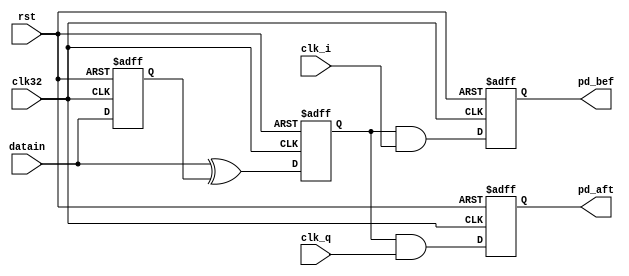
//differpd.v
module differpd (
	rst,clk32,datain,clk_i,clk_q,
	pd_bef,pd_aft);
	
	input		rst;    //
	input		clk32;  //FPGA:32MHz
	input    datain; //
	input    clk_i;  //1:1
	input    clk_q;  //1:1
	output pd_bef;   //
   output pd_aft;	  //
	
   
    //clk32
	 reg din_d,din_edge;
	 reg pdbef,pdaft;
	 always @(posedge clk32 or posedge rst)
	    if (rst)
		    begin
			    din_d <= 0;
				 din_edge <= 0;
				 pdbef <= 0;
				 pdaft <= 0;
			 end
	    else 
		    begin
			    din_d <= datain;
				 din_edge <= (datain ^ din_d);//xor
				 //
				 pdbef <= (din_edge & clk_i); //and
				 pdaft <= (din_edge & clk_q); //and
			 end
			 
	 assign pd_bef = pdbef;
	 assign pd_aft = pdaft;
	 

endmodule